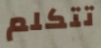
تتكلم